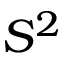
S ^ { 2 }